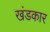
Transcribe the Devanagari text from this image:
खंडकार